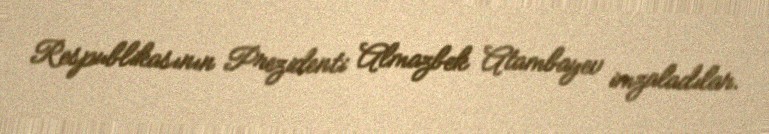
Respublikasının Prezidenti Almazbek Atambayev imzaladılar.